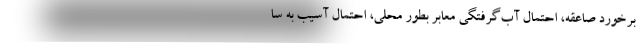
برخورد صاعقه، احتمال آب‌گرفتگی معابر بطور محلی، احتمال آسیب به سا